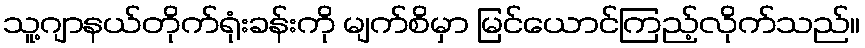
သူ့ဂျာနယ်တိုက်ရုံးခန်းကို မျက်စိမှာ မြင်ယောင်ကြည့်လိုက်သည်။